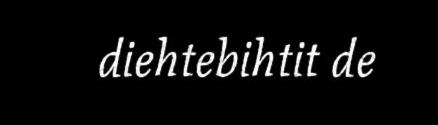
diehtebihtit de